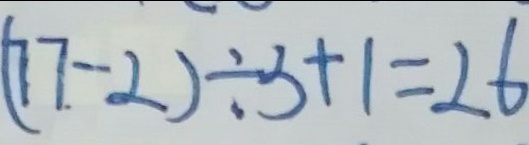
( 7 7 - 2 ) \div 3 + 1 = 2 6